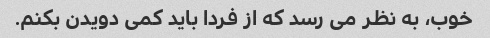
خوب، به نظر می رسد که از فردا باید کمی دویدن بکنم.